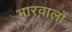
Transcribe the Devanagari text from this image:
भारवालों